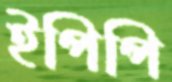
ইপিপি